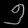
Digit: ၅